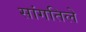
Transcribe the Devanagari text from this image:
सांगतिले